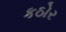
કઠોર